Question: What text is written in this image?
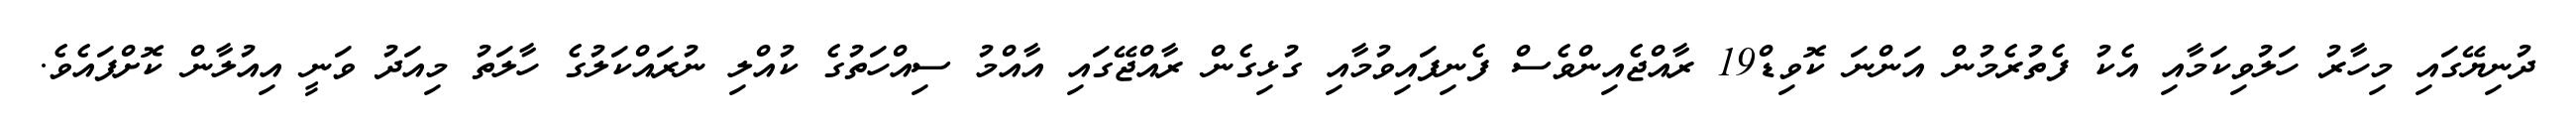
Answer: ދުނިޔޭގައި މިހާރު ހަލުވިކަމާއި އެކު ފެތުރެމުން އަންނަ ކޮވިޑް19 ރާއްޖެއިންވެސް ފެނިފައިވުމާއި ގުޅިގެން ރާއްޖޭގައި އާއްމު ސިއްހަތުގެ ކުއްލި ނުރައްކަލުގެ ހާލަތު މިއަދު ވަނީ އިއުލާން ކޮށްފައެވެ.